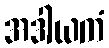
အဒါယကံ